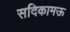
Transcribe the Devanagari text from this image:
सदिकामऊ